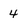
Character: 4